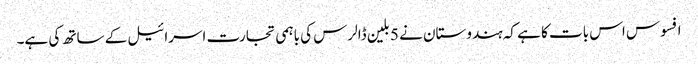
افسوس اس بات کا ہے کہ ہندوستان نے 5 بلین ڈالرس کی باہمی تجارت اسرائیل کے ساتھ کی ہے۔